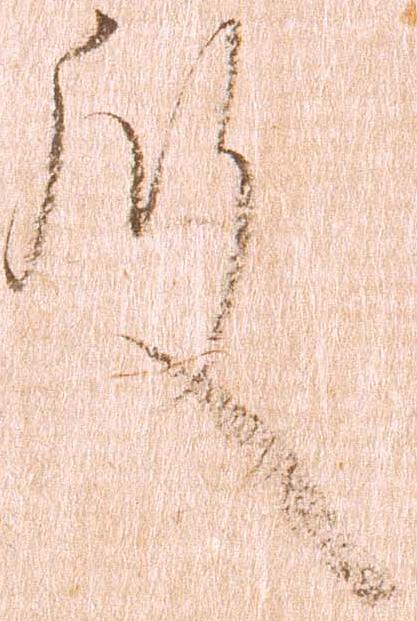
殿